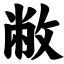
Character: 敝